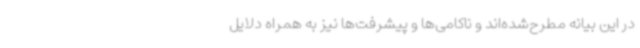
در این بیانه مطرح‌شده‌اند و ناکامی‌ها و پیشرفت‌ها نیز به همراه دلایل